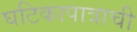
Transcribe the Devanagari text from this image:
घटिकापात्राची